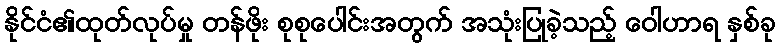
နိုင်ငံ၏ထုတ်လုပ်မှု တန်ဖိုး စုစုပေါင်းအတွက် အသုံးပြုခဲ့သည့် ဝေါဟာရ နှစ်ခု